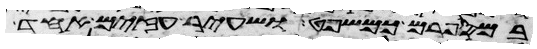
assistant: במספרם כמשפט ושעיר עזים אחד